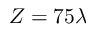
Z = 7 5 \lambda